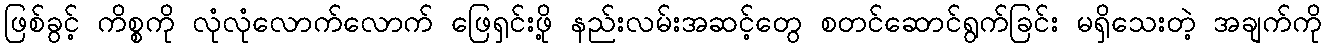
ဖြစ်ခွင့် ကိစ္စကို လုံလုံလောက်လောက် ဖြေရှင်းဖို့ နည်းလမ်းအဆင့်တွေ စတင်ဆောင်ရွက်ခြင်း မရှိသေးတဲ့ အချက်ကို